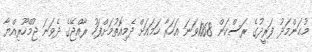
މުޙަންމަދު ފަރީދުގެ ރަސްކަން 1068ވަނަ އަހަރާ ހަމައަށް ދެމިއޮތުމަށްފަހު ރާއްޖޭގެ ދެވަނަ ޖުމްހޫރިއްޔާ